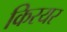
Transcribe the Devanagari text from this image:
किरयर